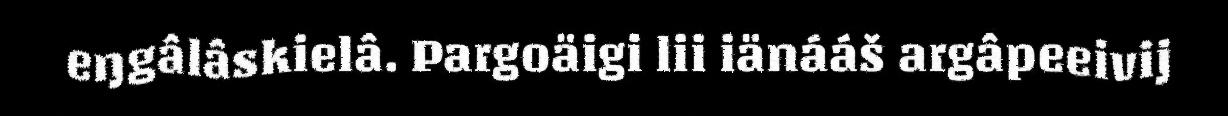
eŋgâlâskielâ. Pargoäigi lii iänááš argâpeeivij